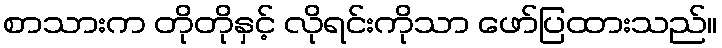
စာသားက တိုတိုနှင့် လိုရင်းကိုသာ ဖော်ပြထားသည်။